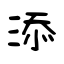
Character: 添